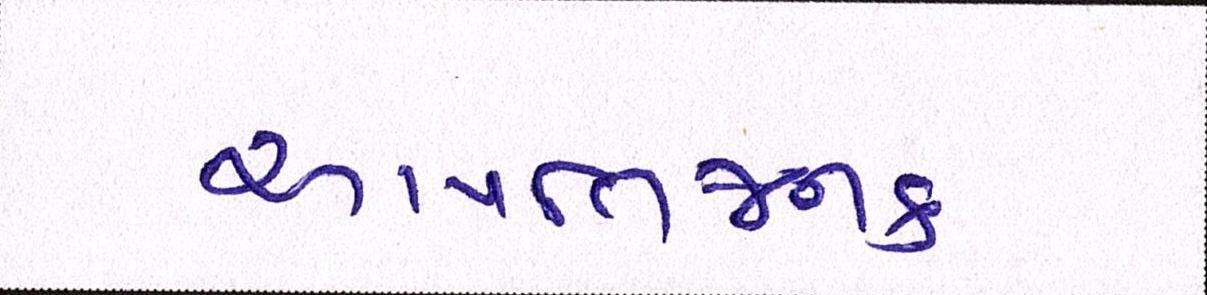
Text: આપત્તિજનક